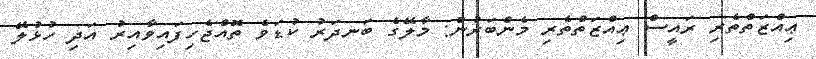
ޢިއްޒަތްތެރި ރައީސް ޢިއްޒަތްތެރި މެންބަރުން: މާލޭގެ ބަނދަރު ކުޑަވެ ތޮއްޖެހިފައިވާއިރު އަދި ހުޅުލޭ